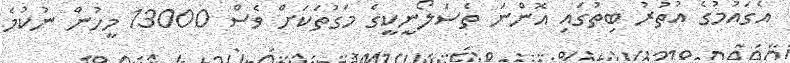
އެގައުމުގެ އުތުރު ބިތުގައި އޮންނަ ތެސަލޯނީކީގެ މަގުތަކަށް ވެސް 13000 މީހުން ނުކުމެ